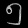
Digit: ၅